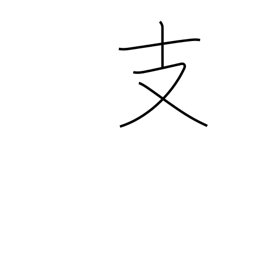
Meaning: branch radical (no. 65)